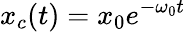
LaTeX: x_{c}(t)=x_{0}e^{-\omega_{0}t}